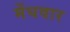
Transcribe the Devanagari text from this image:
मेंघवार